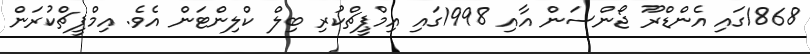
1868ގައި އެންޑްރޫ ޖޯންސަން އާއި 1998ގައި އިމްޕީޗްކުރި ބިލް ކްލިންޓަން އެވެ. އިމްޕީޗްކުރަން